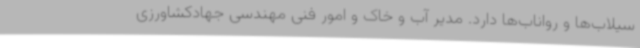
سیلاب‌ها و رواناب‌ها دارد. مدیر آب و خاک و امور فنی مهندسی جهادکشاورزی